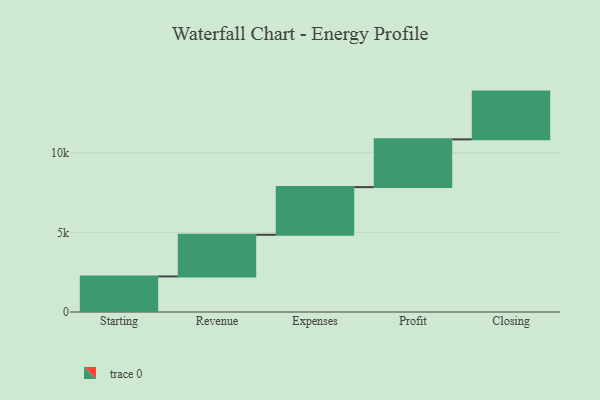
{"axis": {"x": "Step", "y": "Value"}, "legend": [""], "data": [{"x": "Starting", "y": 2235.0, "type": ""}, {"x": "Revenue", "y": 2615.0, "type": ""}, {"x": "Expenses", "y": 2994.0, "type": ""}, {"x": "Profit", "y": 3000, "type": ""}, {"x": "Closing", "y": 3000, "type": ""}]}